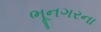
ભૂનગરના